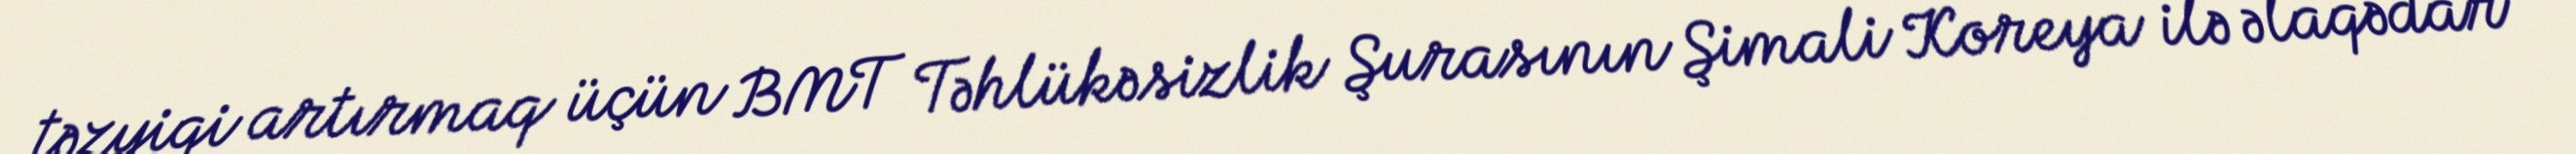
təzyiqi artırmaq üçün BMT Təhlükəsizlik Şurasının Şimali Koreya ilə əlaqədar